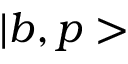
| b , p >